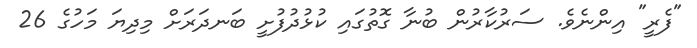
"ފެރީ" އިންނެވެ. ސަރުކާރުން ބުނާ ގޮތުގައި ކުޅުދުފުށީ ބަނދަރަށް މިދިޔަ މަހުގެ 26